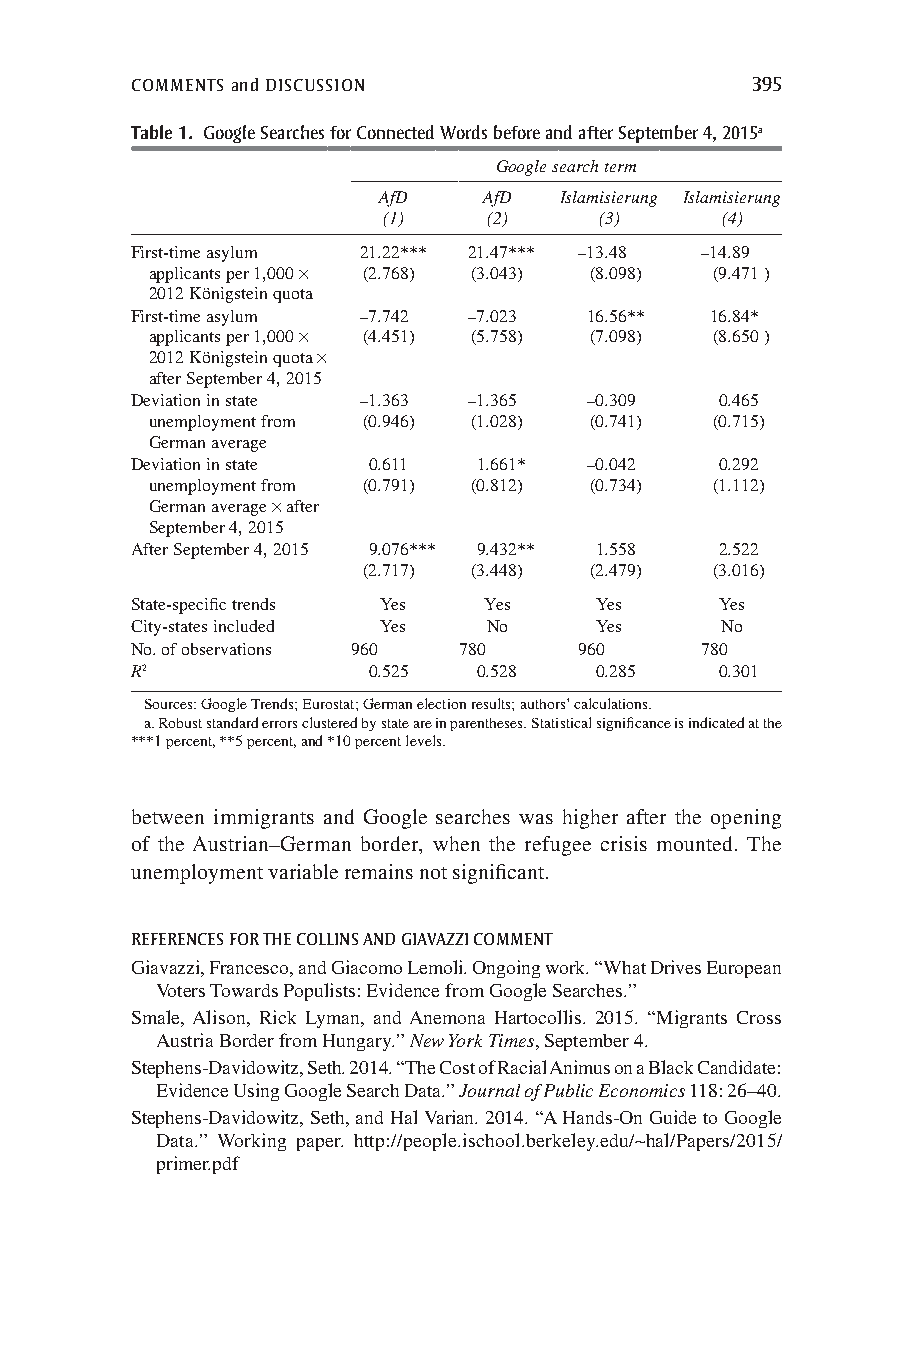
COMMENTS and DISCUSSION                  395
 Table 1. Google Searches for Connected Words before and after September 4, 2015a
 Google search term
 AfD    AfD  Islamisierung Islamisierung
 (1)    (2)     (3)     (4)
 First-time asylum 21.22*** 21.47*** –13.48 –14.89
 applicants per 1,000 × (2.768) (3.043) (8.098) (9.471 )
 2012 Königstein quota
 First-time asylum –7.742 –7.023 16.56** 16.84*
 applicants per 1,000 × (4.451) (5.758) (7.098) (8.650 )
 2012 Königstein quota ×
 after September 4, 2015
 Deviation in state –1.363 –1.365 –0.309 0.465
 unemployment from (0.946) (1.028) (0.741) (0.715)
 German average
 Deviation in state 0.611 1.661* –0.042 0.292
 unemployment from (0.791) (0.812) (0.734) (1.112)
 German average × after
 September 4, 2015
 After September 4, 2015 9.076*** 9.432** 1.558 2.522
 (2.717) (3.448) (2.479) (3.016)
 State-specific trends Yes Yes Yes      Yes
 City-states included Yes No   Yes      No
 No. of observations 960 780  960     780
 R2             0.525   0.528  0.285    0.301
 Sources: Google Trends; Eurostat; German election results; authors’ calculations.
 a. Robust standard errors clustered by state are in parentheses. Statistical significance is indicated at the
 ***1 percent, **5 percent, and *10 percent levels.
 between immigrants and Google searches was higher after the opening
 of the Austrian–German border, when the refugee crisis mounted. The
 unemployment variable remains not significant.
 REFERENCES FOR THE COLLINS AND GIAVAZZI COMMENT
 Giavazzi, Francesco, and Giacomo Lemoli. Ongoing work. “What Drives European
 Voters Towards Populists: Evidence from Google Searches.”
 Smale, Alison, Rick Lyman, and Anemona Hartocollis. 2015. “Migrants Cross
 Austria Border from Hungary.” New York Times, September 4.
 Stephens-Davidowitz, Seth. 2014. “The Cost of Racial Animus on a Black Candidate:
 Evidence Using Google Search Data.” Journal of Public Economics 118: 26–40.
 Stephens-Davidowitz, Seth, and Hal Varian. 2014. “A Hands-On Guide to Google
 Data.” Working paper. http://people.ischool.berkeley.edu/∼hal/Papers/2015/
 primer.pdf